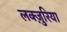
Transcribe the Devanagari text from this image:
लक्ज़ुरिया